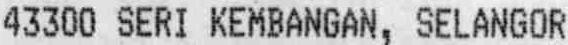
43300 SERI KEMBANGAN, SELANGOR